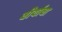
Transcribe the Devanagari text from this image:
वीर्याचा